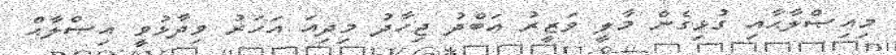
މިއިޞްލާޙާއި ގުޅިގެން މާލީ ވަޒީރު ޢަބްދު ޖިހާދު މިދިއަ އަހަރު ވިދާޅުވީ އިޞްލާޙް